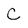
Character: C